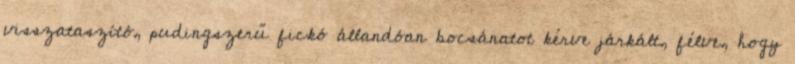
visszataszító, pudingszerű fickó állandóan bocsánatot kérve járkált, félve, hogy